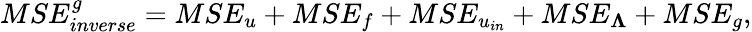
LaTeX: MSE_{inverse}^{g}=MSE_{u}+MSE_{f}+MSE_{u_{in}}+MSE_{\boldsymbol{\Lambda}}+MSE_{g},